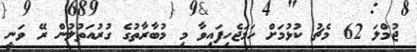
ޖުމްލަ 62 މެޗު ކުޅުމަށް ހަމަޖެހިފައިވާ މި މުބާރާތުގެ ގުރުއަތުލުން ރޭ ވަނީ